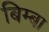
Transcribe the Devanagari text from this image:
बिम्बा